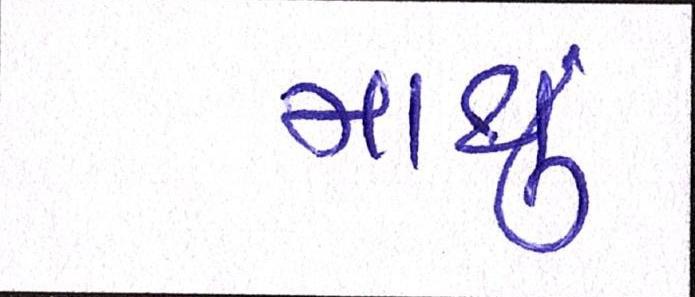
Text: માથું